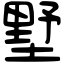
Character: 墅